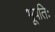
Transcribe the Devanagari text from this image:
भूपतिः